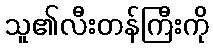
သူ၏လီးတန်ကြီးကို